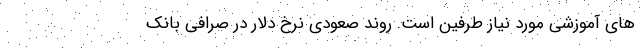
های آموزشی مورد نیاز طرفین است. روند صعودی نرخ دلار در صرافی بانک